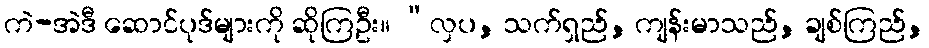
ကဲ-အဲဒီ ဆောင်ပုဒ်များကို ဆိုကြဦး။ “လှပ, သက်ရှည်, ကျန်းမာသည်, ချစ်ကြည်,